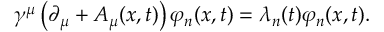
\gamma ^ { \mu } \left( \partial _ { \mu } + { \cal A } _ { \mu } ( x , t ) \right) \varphi _ { n } ( x , t ) = \lambda _ { n } ( t ) \varphi _ { n } ( x , t ) .